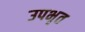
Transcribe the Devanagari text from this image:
उपभृत